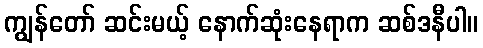
ကျွန်တော် ဆင်းမယ့် နောက်ဆုံးနေရာက ဆစ်ဒနီပါ။